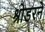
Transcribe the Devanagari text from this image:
श्रोडरने